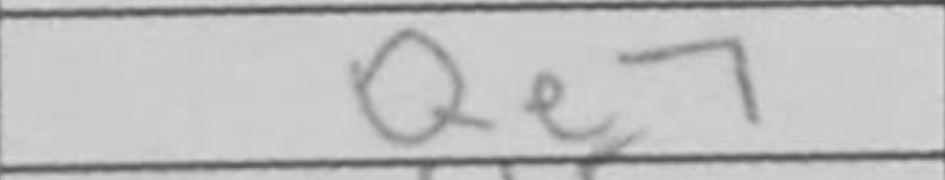
Transcription: Qe7